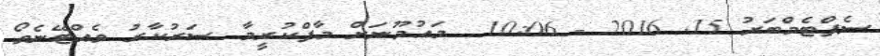
ސެޕްޓެމްބަރު 15